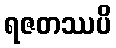
ရဇတဿပိ